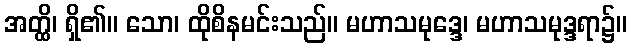
အတ္ထိ၊ ရှိ၏။ သော၊ ထိုစိနမင်းသည်။ မဟာသမုဒ္ဒေ၊ မဟာသမုဒ္ဒရာ၌။